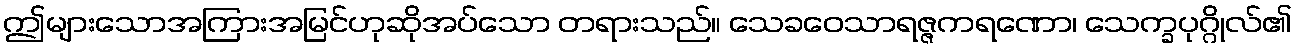
ဤများသောအကြားအမြင်ဟုဆိုအပ်သော တရားသည်။ သေခဝေသာရဇ္ဇကရဏော၊ သေက္ခပုဂ္ဂိုလ်၏